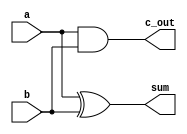
module HA (
input a, b,
output c_out, sum
);

xor G1 (sum, a, b);
and G2 (c_out, a, b); 

endmodule